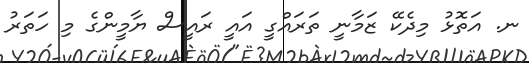
ނ. އަތޮޅު މިދެކޭ ޒަމާނީ ތަރައްގީ އައީ ރައީސް ޔާމީންގެ މި ހަތަރު